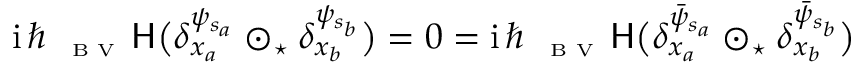
\begin{array} { r } { { \mathrm { i } } \, \hbar \, { \mathsf \Delta } _ { \textrm { \tiny B V } } \, \mathsf { H } \big ( \delta _ { x _ { a } } ^ { \psi _ { s _ { a } } } \odot _ { \star } \delta _ { x _ { b } } ^ { \psi _ { s _ { b } } } \big ) = 0 = { \mathrm { i } } \, \hbar \, { \mathsf \Delta } _ { \textrm { \tiny B V } } \, \mathsf { H } \big ( \delta _ { x _ { a } } ^ { \bar { \psi } _ { s _ { a } } } \odot _ { \star } \delta _ { x _ { b } } ^ { \bar { \psi } _ { s _ { b } } } \big ) } \end{array}